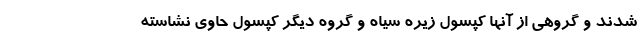
شدند و گروهی از آنها کپسول زیره سیاه و گروه دیگر کپسول حاوی نشاسته